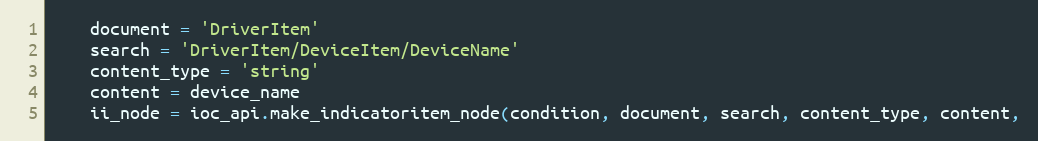
Language: Python
    document = 'DriverItem'
    search = 'DriverItem/DeviceItem/DeviceName'
    content_type = 'string'
    content = device_name
    ii_node = ioc_api.make_indicatoritem_node(condition, document, search, content_type, content,